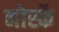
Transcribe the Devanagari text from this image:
नोर्स्के